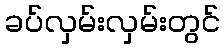
ခပ်လှမ်းလှမ်းတွင်